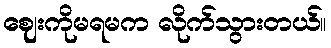
ဈေးကိုမရမက လိုက်သွားတယ်။